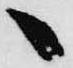
へ